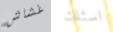
غشاش اسئلك